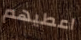
اعطيهم